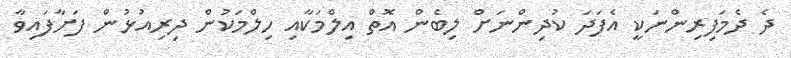
ދެ ދެމަފިރިންނަކީ އެފަދަ ކުދިންނަށް ލިބެން އޮތް އިލްމަކާއި ހިލްމަކުން ދިރިއުޅުން ފަށާފައިވާ